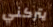
يتركني